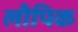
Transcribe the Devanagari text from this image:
लीपिक